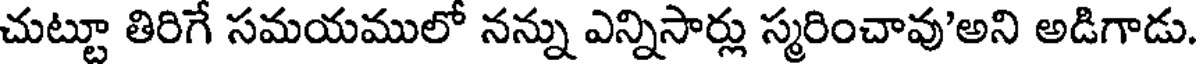
చుట్టూ తిరిగే సమయములో నన్ను ఎన్నిసార్లు స్మరించావు'అని అడిగాడు.